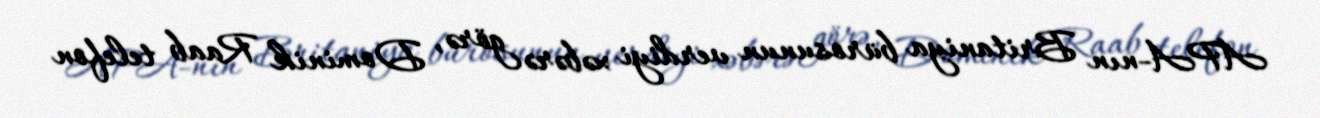
APA-nın Britaniya bürosunun verdiyi xəbərə görə, Dominik Raab telefon